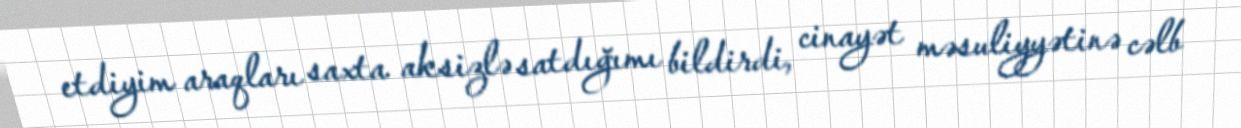
etdiyim araqları saxta aksizlə satdığımı bildirdi, cinayət məsuliyyətinə cəlb